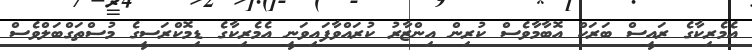
އެމެރިކާގެ ރައީސް ބަރަކް އޮބާމާވެސް ކުރިން އިންޒާރު ކުރައްވާފައިވަނީ އެމެރިކާގެ ޑިމޮކްރަސީގެ މުސްތަގްބަލްވެސް